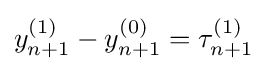
y_{n+1}^{(1)}-y_{n+1}^{(0)}=\tau _{n+1}^{(1)}